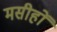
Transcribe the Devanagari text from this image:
मसीहों